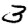
Digit: 3